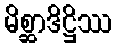
မိစ္ဆာဒိဋ္ဌိဿ